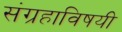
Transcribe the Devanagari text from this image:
संग्रहाविषयी